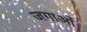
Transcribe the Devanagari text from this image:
जगाओं